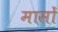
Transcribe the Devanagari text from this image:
मासाें